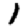
Digit: 1